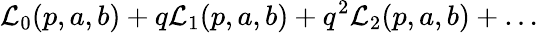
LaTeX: {\cal L}_{0}(p,a,b)+q{\cal L}_{1}(p,a,b)+q^{2}{\cal L}_{2}(p,a,b)+\dots